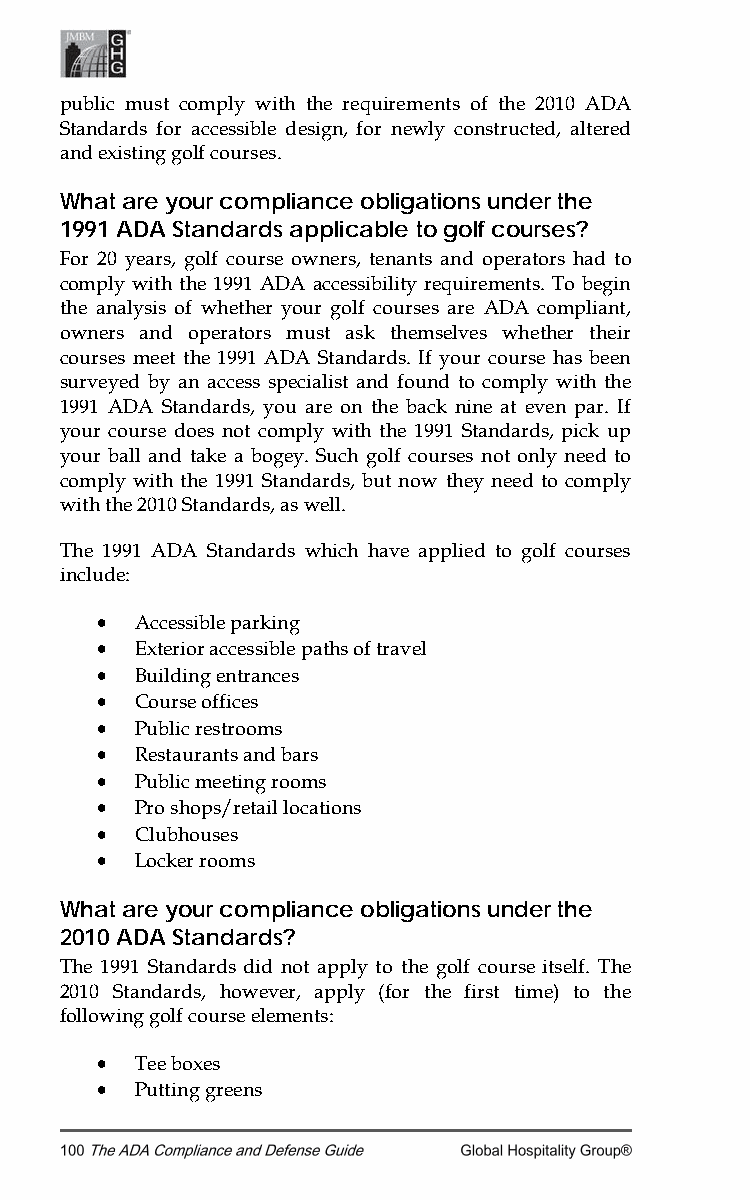
public must comply with the requirements of the 2010 ADA
 Standards for accessible design, for newly constructed, altered
 and existing golf courses.
 What are your compliance obligations under the
 1991 ADA Standards applicable to golf courses?
 For 20 years, golf course owners, tenants and operators had to
 comply with the 1991 ADA accessibility requirements. To begin
 the analysis of whether your golf courses are ADA compliant,
 owners and operators must ask themselves whether their
 courses meet the 1991 ADA Standards. If your course has been
 surveyed by an access specialist and found to comply with the
 1991 ADA Standards, you are on the back nine at even par. If
 your course does not comply with the 1991 Standards, pick up
 your ball and take a bogey. Such golf courses not only need to
 comply with the 1991 Standards, but now they need to comply
 with the 2010 Standards, as well.
 The 1991 ADA Standards which have applied to golf courses
 include:
 •  Accessible parking
 •  Exterior accessible paths of travel
 •  Building entrances
 •  Course offices
 •  Public restrooms
 •  Restaurants and bars
 •  Public meeting rooms
 •  Pro shops/retail locations
 •  Clubhouses
 •  Locker rooms
 What are your compliance obligations under the
 2010 ADA Standards?
 The 1991 Standards did not apply to the golf course itself. The
 2010 Standards, however, apply (for the first time) to the
 following golf course elements:
 •  Tee boxes
 •  Putting greens